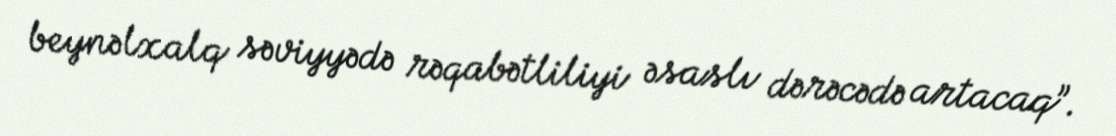
beynəlxalq səviyyədə rəqabətliliyi əsaslı dərəcədə artacaq”.